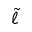
\tilde { \ell }